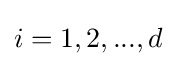
i=1,2,...,d